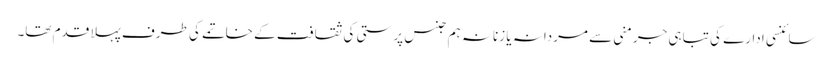
سائنسی ادارے کی تباہی جرمنی سے مردانہ یا زنانہ ہم جنس پرستی کی ثقافت کے خاتمے کی طرف پہلا قدم تھا۔